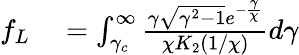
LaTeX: \begin{array}{rl}{f_{L}}&{{}=\int_{\gamma_{c}}^{\infty}\frac{\gamma\sqrt{\gamma^{2}-1}e^{-\frac{\gamma}{\chi}}}{\chi K_{2}\left(1/\chi\right)}d\gamma}\end{array}